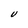
Character: U